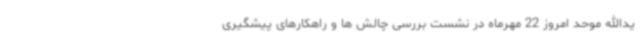
یدالله موحد امروز 22 مهرماه در نشست بررسی چالش ها و راهکارهای پیشگیری